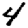
Digit: 4